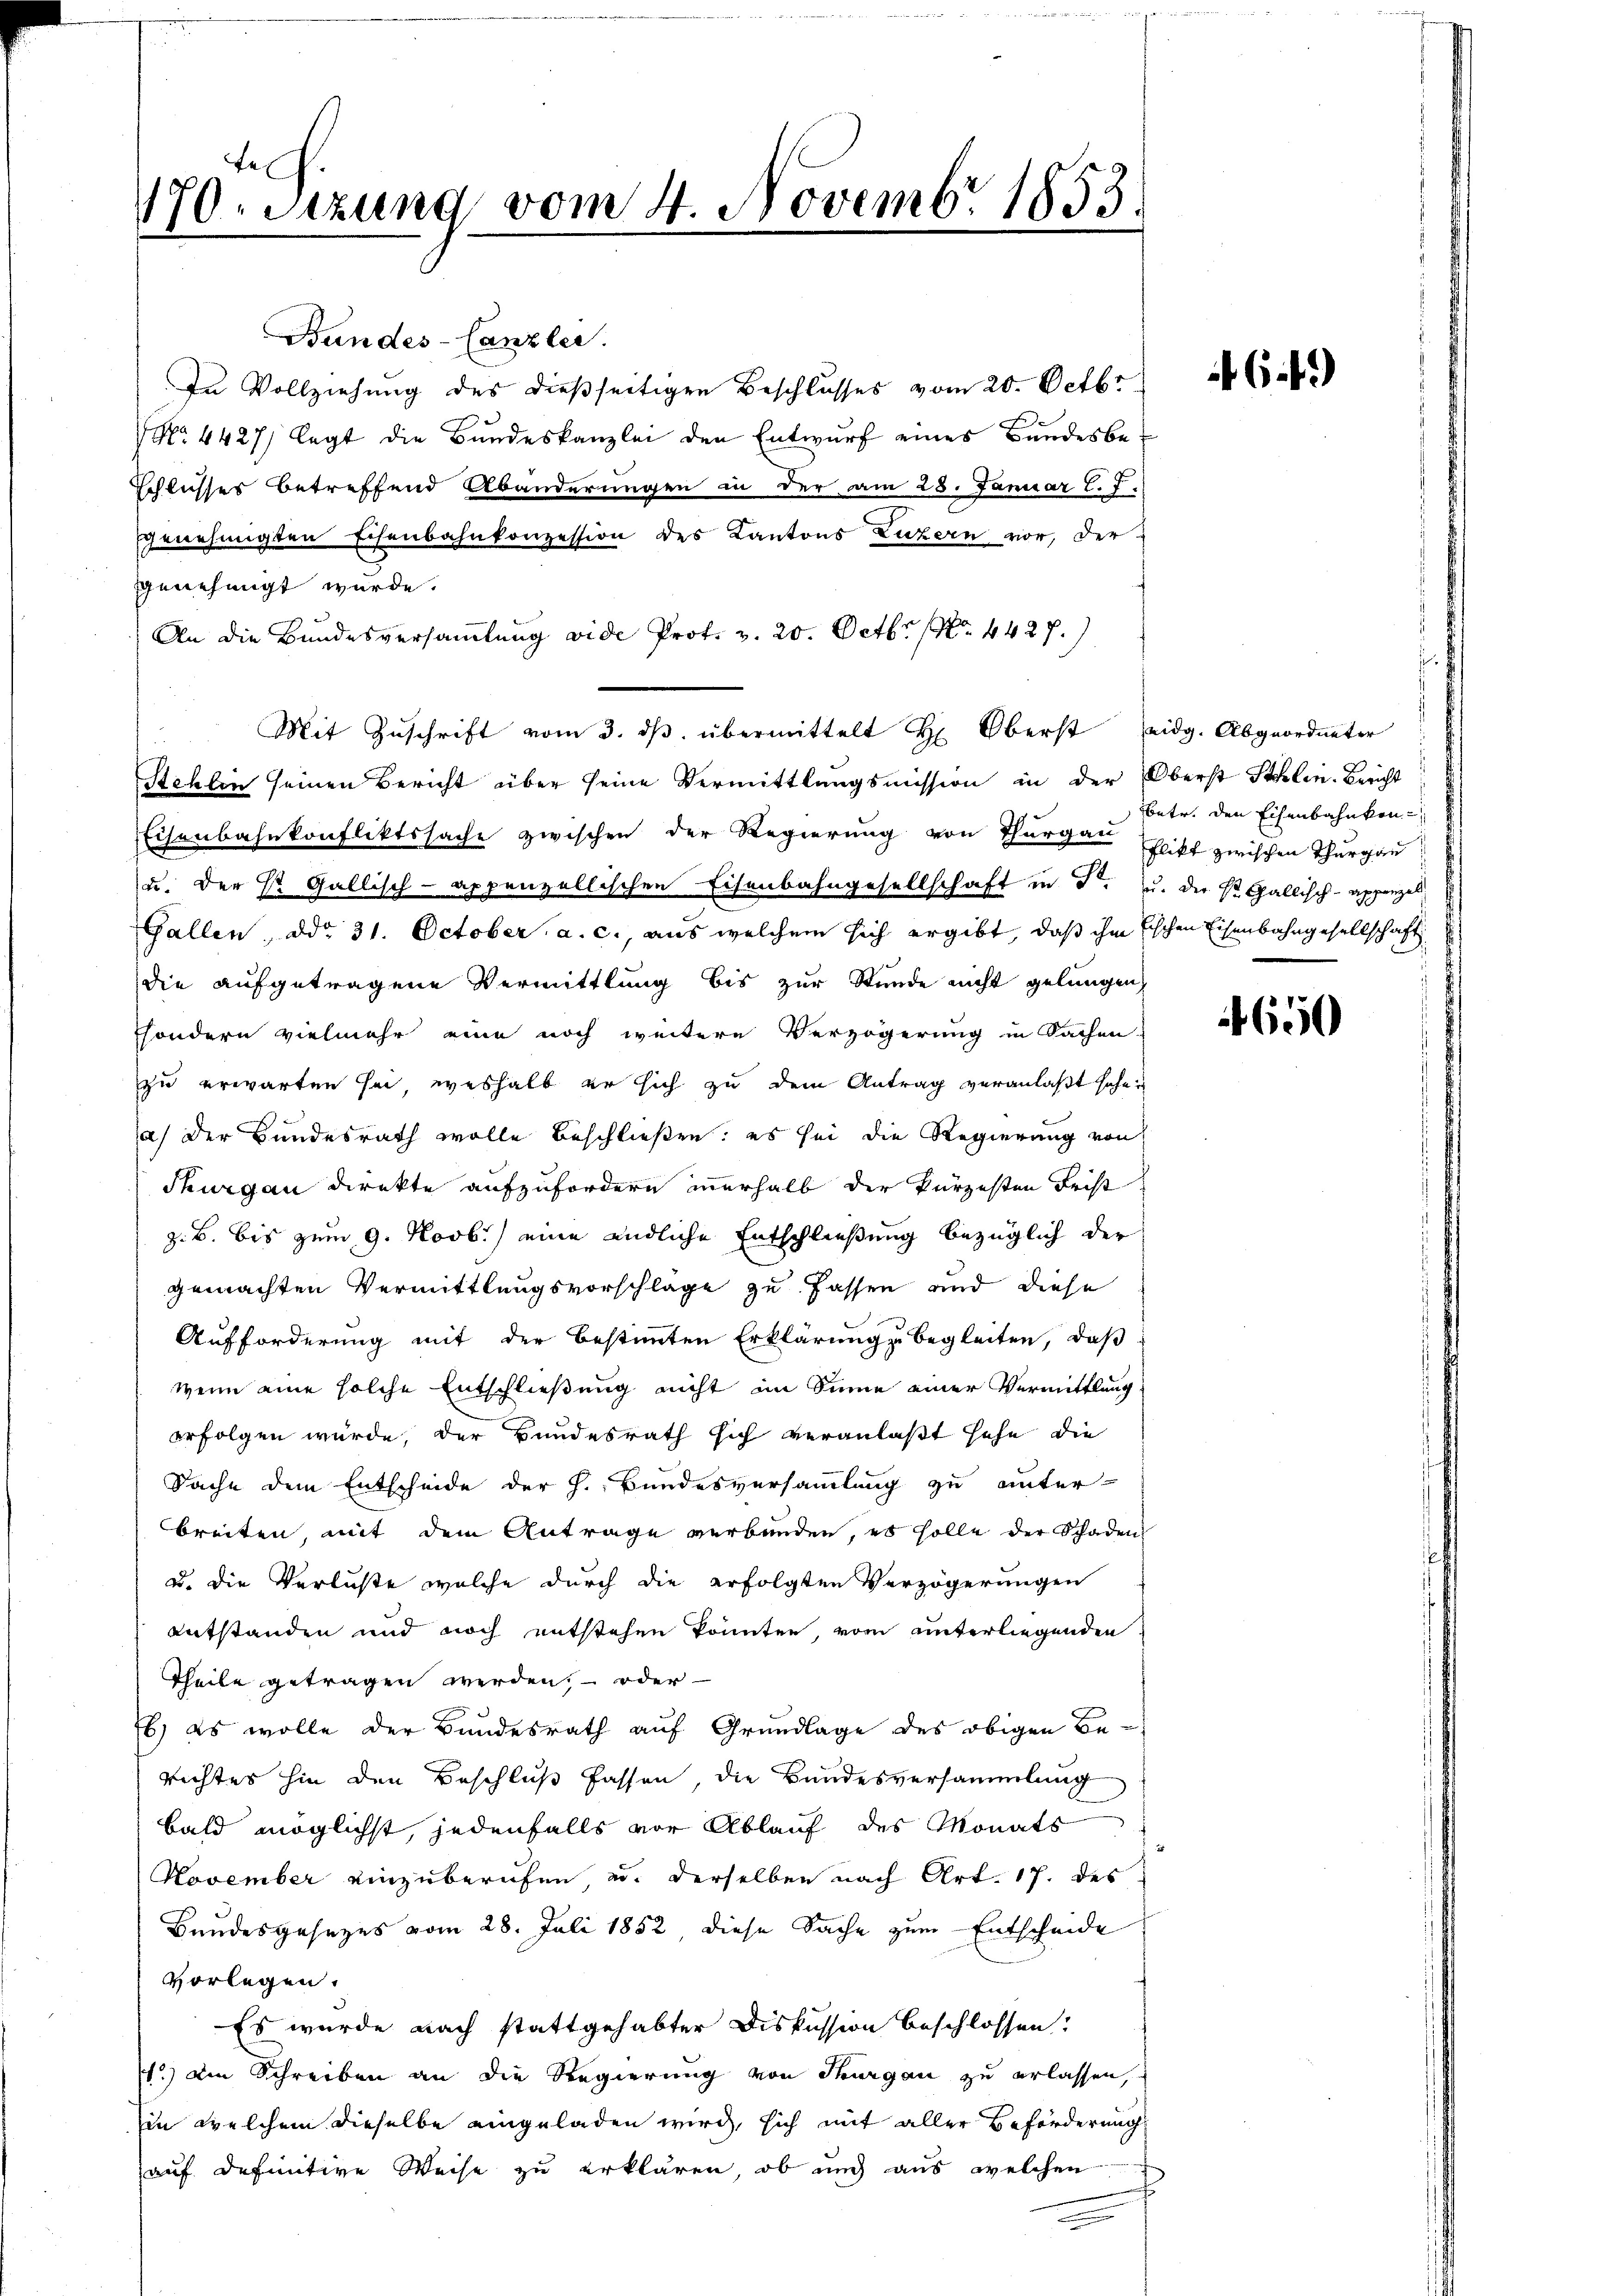
170. Sizung vom 4. Novembr 1853.

Bundes-Canzler.
In Vollziehung des dießseitigen Beschlusses vom 20. Octbr
No. 4427 legt die Bundeskanzlei den Entwurf eines Bundesbe¬
Schlusses betreffend Abänderungen in der am 28. Januar l. J.
genehmigten Eisenbahnkonzession des Kantons Luzern vor, der
genehmigt wurde.
An die Bundesversammlung vide Prof. v. 20. Octbr. 1. 4427.
Stehlin seinen Bericht über seine Vermittlungsmission in der Oberst Schlin. Bericht
Eisenbahnkonfliktssache zwischen der Regierung von Thurgau Elikt zwischen Thurgau
u. der Hr. Gallisch-Appenzellischen Eisenbahngesellschaft in d. u. die St. Gallisch-Appenzel
Gallen, ddo 31. October a. c., aus welchem sich ergibt, daß ihm Fischen Eisenbahngesellschaft
die aufgetragene Vermittlung bis zur Stunde nicht gelungen,
sondern vielmehr eine noch weitere Verzögerung in Sachen.
zu erwarten sei, weshalb er sich zu dem Antrag veranlaßt sehen
a) Der Bundesrath wolle beschließen: es sei die Regierung von
Thurgau direkte aufzufordern innerhalb der kürzesten Frist
z. B. bis zum 9. Novb.) eine endliche Entschließung bezüglich der
gemachten Vermittlungsvorschläge zu fassen und diese
Aufforderung mit der bestimmten Erklärung begleiten, daß
wenn eine solche Entschließung nicht im Sinne einer Vermittlung
erfolgen würde, der Bundesrath sich veranlaßt sehe, die
Sache dem Entscheide der h. Bundesversammlung zu unter-
breiten, mit dem Antrage verbunden, es solle der Schaden
u. die Verluste welche durch die erfolgten Verzögerungen
entstanden und noch entstehen könnten, vom unterliegenden
Theile getragen werden, oder
Es, es wolle der Bundesrath auf Grundlage des obigen Be-
Richtes hin den Beschluß fassen, die Bundesversammlung
bald möglichst, jedenfalls vor Ablauf des Monats
November einzuberufen, u. derselben nach Art. 17. des
Bundesgesezes vom 28. Juli 1852, diese Sache zum Entscheide
vorlegen.
Es wurde nach stattgehabter Diskussion beschlossen!
1.) Die Schreiben an die Regierung von Thurgau zu erlassen,
in welchem dieselbe eingeladen wird, sich mit aller Beförderung
auf definitive Weise zu erklären, ob und aus welchen

Mit Zŭschrift vom 3. dβ übermittelt Hr. Oberst eidg. Abgeordneter

betr. den Eisenbahnkon

650